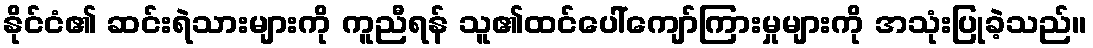
နိုင်ငံ၏ ဆင်းရဲသားများကို ကူညီရန် သူ၏ထင်ပေါ်ကျော်ကြားမှုများကို အသုံးပြုခဲ့သည်။